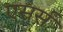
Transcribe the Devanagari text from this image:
एसर्स